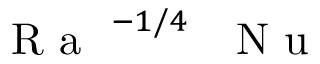
\mathrm { ~ \textit ~ { ~ R ~ a ~ } ~ } ^ { - 1 / 4 } \mathrm { ~ \textit ~ { ~ N ~ u ~ } ~ }